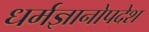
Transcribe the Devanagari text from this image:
धर्मज्ञानोपदेश